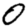
Digit: 0